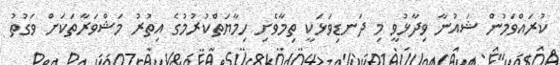
ކުރައްވަމުން ޝައުނާ ވިދާޅުވީ މި ދަނޑިވަޅަކީ ތިމާވެށި ހިމާޔަތްކުރުމުގެ އިތުރު މަޝްވަރާތަކަށް ވަގުތު